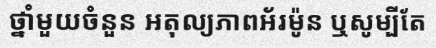
ថ្នាំមួយចំនួន អតុល្យភាពអ័រម៉ូន ឬសូម្បីតែ